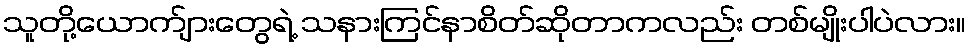
သူတို့ယောက်ျားတွေရဲ့ သနားကြင်နာစိတ်ဆိုတာကလည်း တစ်မျိုးပါပဲလား။